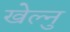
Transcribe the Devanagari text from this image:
खेल्नु